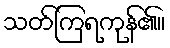
သတ်ကြရကုန်၏။